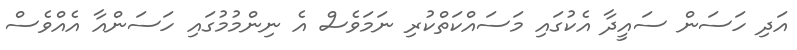
އަދި ހަސަން ސައީދާ އެކުގައި މަސައްކަތްކުރި ނަމަވެސް އެ ނިންމުމުގައި ހަސަންއާ އެއްވެސް